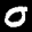
Label: 0